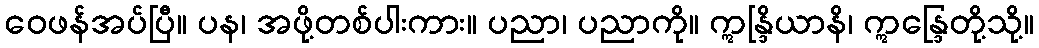
ဝေဖန်အပ်ပြီ။ ပန၊ အဖို့တစ်ပါးကား။ ပညာ၊ ပညာကို။ ဣန္ဒြိယာနိ၊ ဣန္ဒြေတို့သို့။